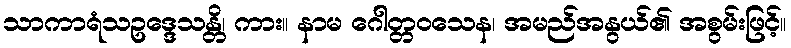
သာကာရံသဥဒ္ဒေသန္တိ၊ ကား။ နာမ ဂေါတ္တဝသေန၊ အမည်အနွယ်၏ အစွမ်းဖြင့်။